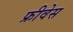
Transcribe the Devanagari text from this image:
फ्रीवेस